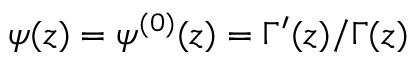
\psi ( z ) = \psi ^ { ( 0 ) } ( z ) = \Gamma ^ { \prime } ( z ) / \Gamma ( z )